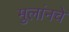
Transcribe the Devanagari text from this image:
मुलांनचे